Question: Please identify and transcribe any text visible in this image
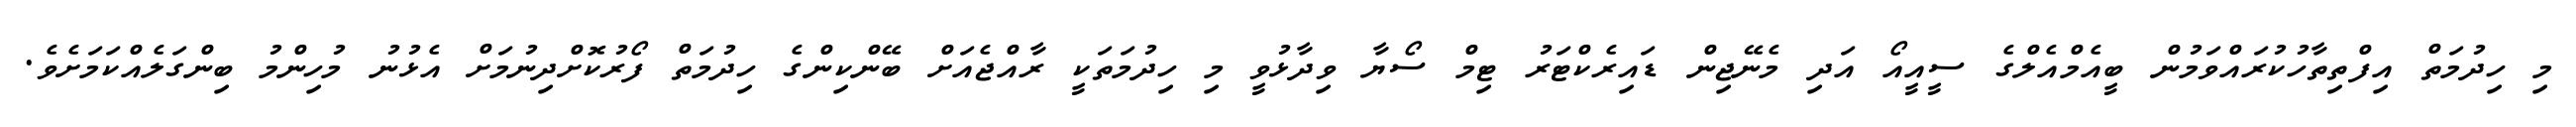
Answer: މި ހިދުމަތް އިފްތިތާހުކުރައްވަމުން ބީއެމްއެލްގެ ސީއީއޯ އަދި މެނޭޖިން ޑައިރެކްޓަރު ޓިމް ސޯޔާ ވިދާޅުވީ މި ހިދުމަތަކީ ރާއްޖެއަށް ބޭންކިންގެ ހިދުމަތް ފޯރުކޮށްދިނުމަށް އެޅުނު މުހިންމު ބިންގަލެއްކަމަށެވެ.